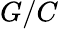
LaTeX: G/C